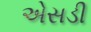
એસડી